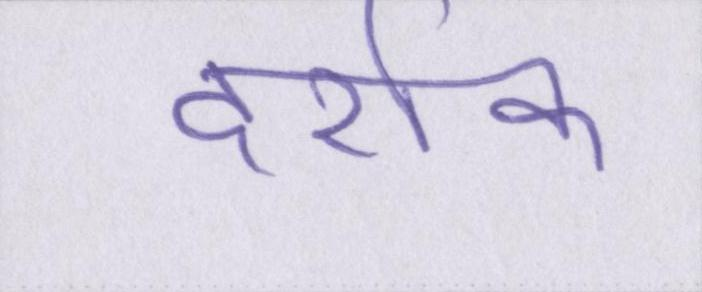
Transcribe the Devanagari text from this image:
दर्शक